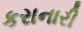
કરાનારી